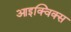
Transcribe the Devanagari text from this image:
आइक्विक्स